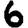
Digit: 6